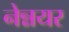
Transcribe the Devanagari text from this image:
नेन्नयर